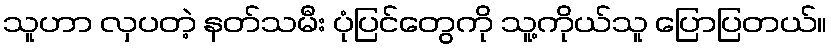
သူဟာ လှပတဲ့ နတ်သမီး ပုံပြင်တွေကို သူ့ကိုယ်သူ ပြောပြတယ်။